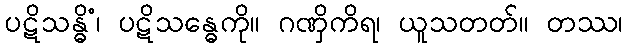
ပဋိသန္ဓိံ၊ ပဋိသန္ဓေကို။ ဂဏှိကိရ၊ ယူသတတ်။ တဿ၊